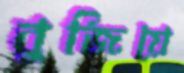
বুজিয়ে